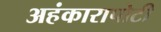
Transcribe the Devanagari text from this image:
अहंकारापोटी